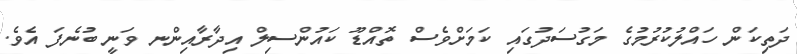
ދަތިކަން ހައްލުކުރުމުގެ މަގުސަދުގައި ކަމަށްވެސް ތޮއްޑޫ ކައުންސިލް އިދާރާއިންނ ވަނީ ބުނެފަ އެވެ.